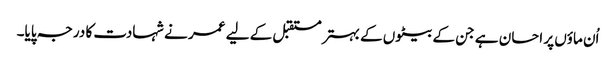
اُن ماؤں پر احسان ہے جن کے بیٹوں کے بہتر مستقبل کے لیے عمر نے شہادت کا درجہ پایا۔